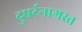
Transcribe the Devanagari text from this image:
दुघर्टनाग्रस्त